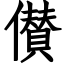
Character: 儧